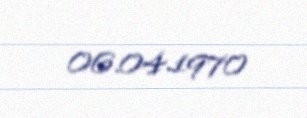
06.04.1970